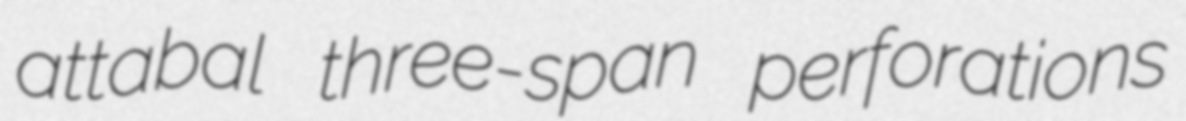
attabal three-span perforations